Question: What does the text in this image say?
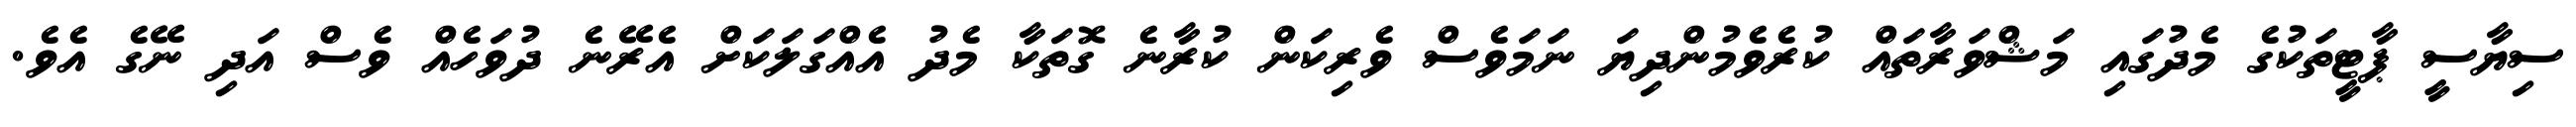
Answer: ސިޔާސީ ޕާޓީތަކުގެ މެދުގައި މަޝްވަރާތައް ކުރެވެމުންދިޔަ ނަމަވެސް ވެރިކަން ކުރާނެ ގޮތަކާ މެދު އެއްގަލަކަށް އެރޭނެ ދުވަހެއް ވެސް އަދި ނޭގެ އެވެ.